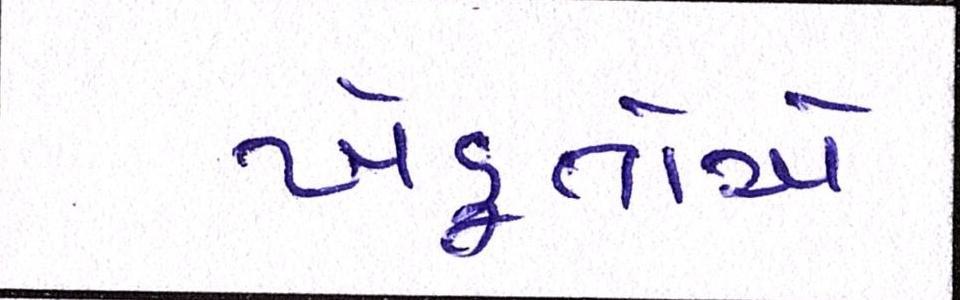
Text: ખેડૂતોએ